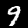
Digit: 9